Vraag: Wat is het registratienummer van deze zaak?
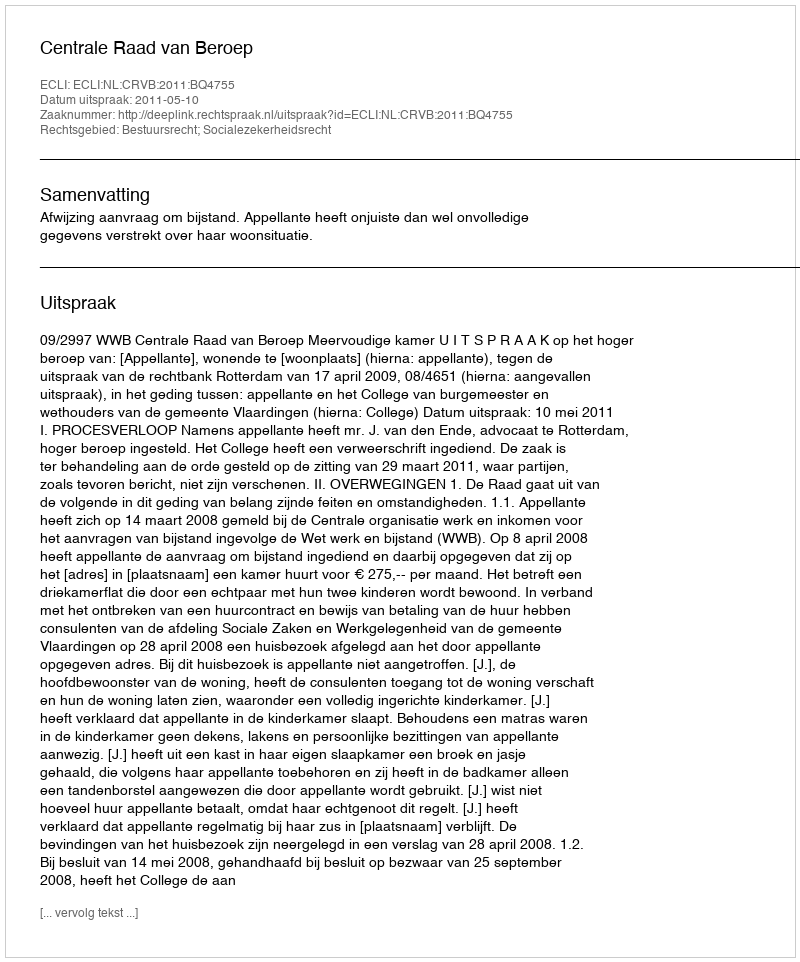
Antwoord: http://deeplink.rechtspraak.nl/uitspraak?id=ECLI:NL:CRVB:2011:BQ4755